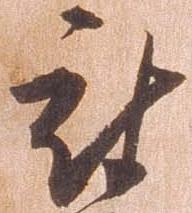
被